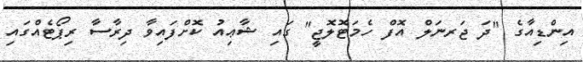
އިންޑިއާގެ "ދަ ޖަރނަލް އޮފް ހެމަޓޮލޮޖީ" ގައި ޝާޢިއު ކޮށްފައިވާ ދިރާސާ ރިޕޯޓެއްގައި